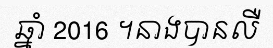
ឆ្នាំ 2016 ។នាងបានលឺ